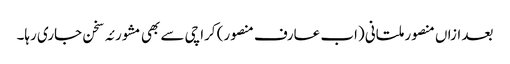
بعد ازاں منصور ملتانی (اب عارف منصور) کراچی سے بھی مشورئہ سخن جاری رہا۔